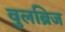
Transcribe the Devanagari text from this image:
वुलब्रिज